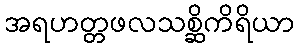
အရဟတ္တဖလသစ္ဆိကိရိယာ